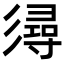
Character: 𢒫